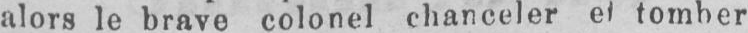
alors le brave colonel chanceler et tomber